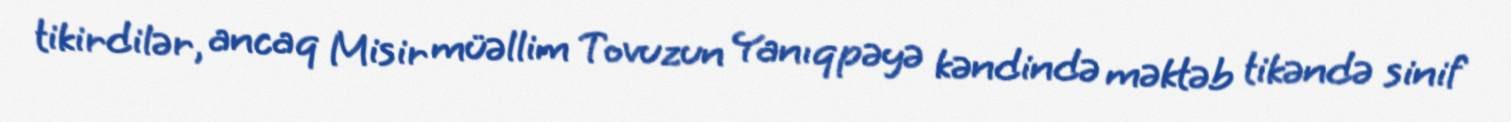
tikirdilər, ancaq Misir müəllim Tovuzun Yanıqpəyə kəndində məktəb tikəndə sinif